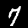
Label: 7